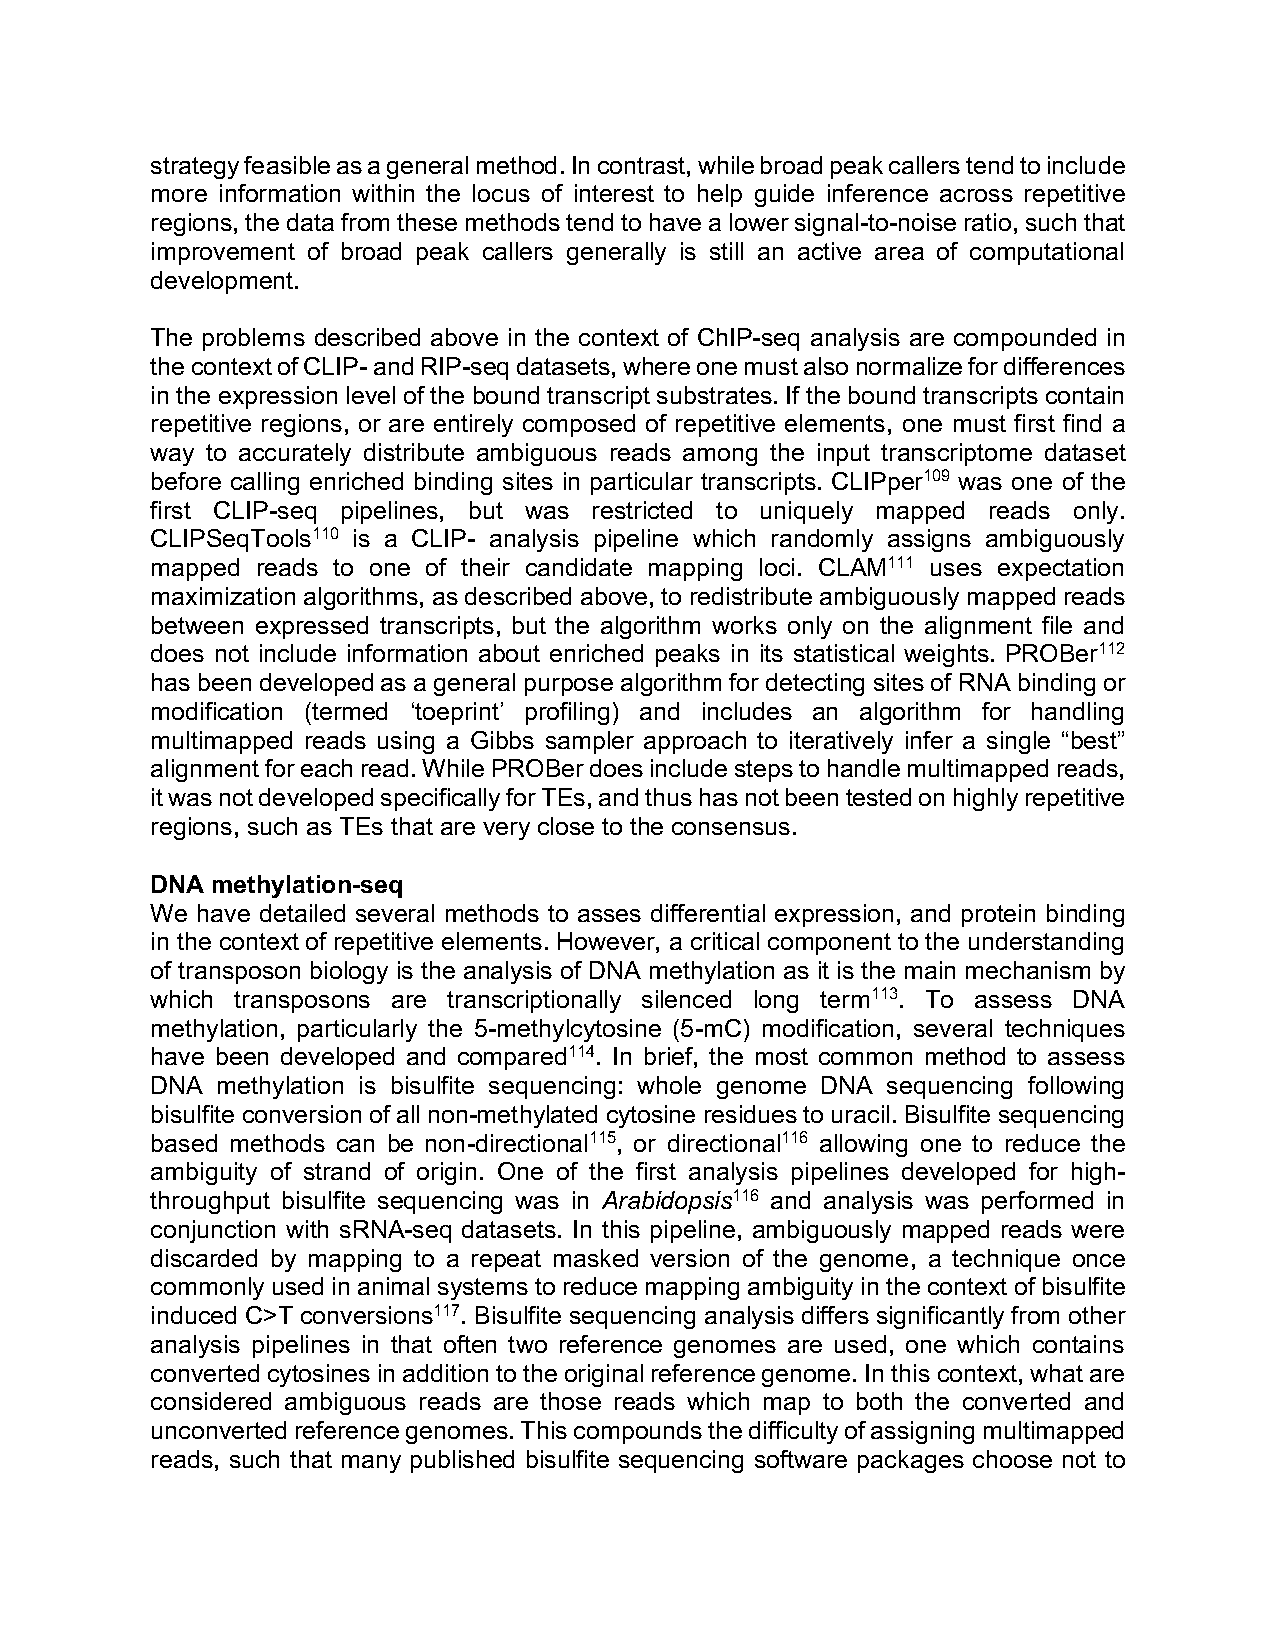
strategy feasible as a general method. In contrast, while broad peak callers tend to include
 more information within the locus of interest to help guide inference across repetitive
 regions, the data from these methods tend to have a lower signal-to-noise ratio, such that
 improvement of broad peak callers generally is still an active area of computational
 development.
 The problems described above in the context of ChIP-seq analysis are compounded in
 the context of CLIP- and RIP-seq datasets, where one must also normalize for differences
 in the expression level of the bound transcript substrates. If the bound transcripts contain
 repetitive regions, or are entirely composed of repetitive elements, one must first find a
 way to accurately distribute ambiguous reads among the input transcriptome dataset
 before calling enriched binding sites in particular transcripts. CLIPper109 was one of the
 first CLIP-seq pipelines, but was restricted to uniquely mapped reads only.
 CLIPSeqTools110 is a CLIP- analysis pipeline which randomly assigns ambiguously
 mapped reads to one of their candidate mapping loci. CLAM111 uses expectation
 maximization algorithms, as described above, to redistribute ambiguously mapped reads
 between expressed transcripts, but the algorithm works only on the alignment file and
 does not include information about enriched peaks in its statistical weights. PROBer112
 has been developed as a general purpose algorithm for detecting sites of RNA binding or
 modification (termed ‘toeprint’ profiling) and includes an algorithm for handling
 multimapped reads using a Gibbs sampler approach to iteratively infer a single “best”
 alignment for each read. While PROBer does include steps to handle multimapped reads,
 it was not developed specifically for TEs, and thus has not been tested on highly repetitive
 regions, such as TEs that are very close to the consensus.
 DNA methylation-seq
 We have detailed several methods to asses differential expression, and protein binding
 in the context of repetitive elements. However, a critical component to the understanding
 of transposon biology is the analysis of DNA methylation as it is the main mechanism by
 which transposons are transcriptionally silenced long term113. To assess DNA
 methylation, particularly the 5-methylcytosine (5-mC) modification, several techniques
 have been developed and compared114. In brief, the most common method to assess
 DNA methylation is bisulfite sequencing: whole genome DNA sequencing following
 bisulfite conversion of all non-methylated cytosine residues to uracil. Bisulfite sequencing
 based methods can be non-directional115, or directional116 allowing one to reduce the
 ambiguity of strand of origin. One of the first analysis pipelines developed for high-
 throughput bisulfite sequencing was in Arabidopsis116 and analysis was performed in
 conjunction with sRNA-seq datasets. In this pipeline, ambiguously mapped reads were
 discarded by mapping to a repeat masked version of the genome, a technique once
 commonly used in animal systems to reduce mapping ambiguity in the context of bisulfite
 induced C>T conversions117. Bisulfite sequencing analysis differs significantly from other
 analysis pipelines in that often two reference genomes are used, one which contains
 converted cytosines in addition to the original reference genome. In this context, what are
 considered ambiguous reads are those reads which map to both the converted and
 unconverted reference genomes. This compounds the difficulty of assigning multimapped
 reads, such that many published bisulfite sequencing software packages choose not to